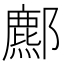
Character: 𨞻